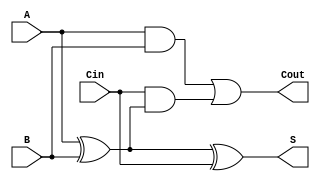
module RippleCarryFullAdder (
    input wire A,      // First binary digit
    input wire B,      // Second binary digit
    input wire Cin,    // Carry input
    output wire S,     // Sum output
    output wire Cout   // Carry output
);

// Intermediate signals
wire AxorB;  // Result of A XOR B

// Sum calculation
assign AxorB = A ^ B;          // First XOR gate: A XOR B
assign S = AxorB ^ Cin;        // Second XOR gate: (A XOR B) XOR Cin

// Carry-out calculation
assign Cout = (A & B) | (Cin & AxorB); // Cout = (A AND B) OR (Cin AND (A XOR B))

endmodule